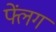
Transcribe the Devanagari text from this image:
फ्लेंग